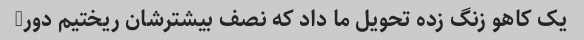
یک کاهو زنگ زده تحویل ما داد که نصف بیشترشان ریختیم دور/